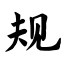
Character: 规